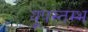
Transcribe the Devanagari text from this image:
यूपस्तम्भ